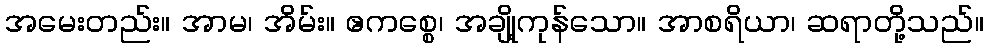
အမေးတည်း။ အာမ၊ အိမ်း။ ဧကစ္စေ၊ အချို့ကုန်သော။ အာစရိယာ၊ ဆရာတို့သည်။